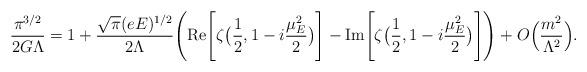
LaTeX: \begin{align*}\frac{\pi^{3/2}}{2G\Lambda}=1+\frac{\sqrt\pi(eE)^{1/2}}{2\Lambda}\Bigg( \mbox{Re}\Bigg[ \zeta \big(\frac12,1-i\frac{\mu_E^2}{2}\big)\Bigg]-\mbox{Im}\Bigg[ \zeta \big(\frac12,1-i\frac{\mu_E^2}{2}\big)\Bigg]\Bigg) +O\Big(\frac{m^2}{\Lambda^2}\Big).\end{align*}